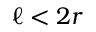
\ell < 2 r